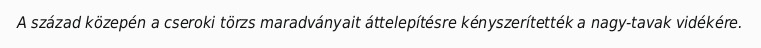
A század közepén a cseroki törzs maradványait áttelepítésre kényszerítették a nagy-tavak vidékére.